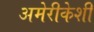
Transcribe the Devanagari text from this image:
अमेरीकेशी